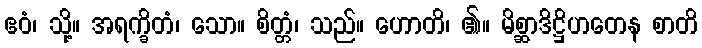
ဧဝံ၊ သို့။ အရက္ခိတံ၊ သော။ စိတ္တံ၊ သည်။ ဟောတိ၊ ၏။ မိစ္ဆာဒိဋ္ဌိဟတေန စာတိ